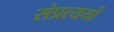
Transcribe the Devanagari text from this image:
संप्रत्ययों